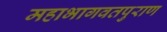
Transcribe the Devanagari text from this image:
महाभागवतपुराण